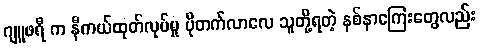
ဂျူဖရီ က နီကယ်ထုတ်လုပ်မှု ပိုတက်လာလေ သူတို့ရတဲ့ နစ်နာကြေးတွေလည်း